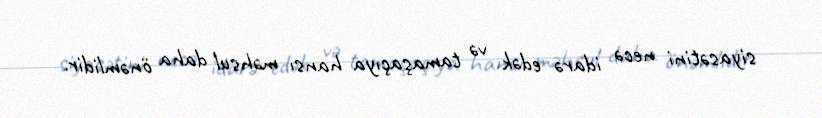
siyasətini necə idarə edək və tamaşaçıya hansı məhsul daha önəmlidir.